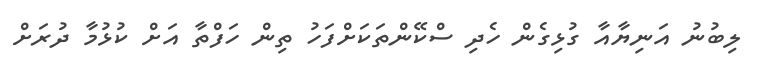
ލިބުނު އަނިޔާއާ ގުޅިގެން ހެދި ސްކޭންތަކަށްފަހު ތިން ހަފްތާ އަށް ކުޅުމާ ދުރަށް